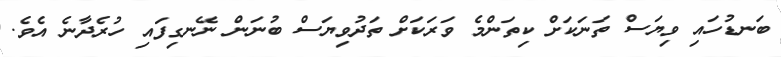
ބަނޑުހައި ވިޔަސް ތަނަކަށް ކިތަންމެ ވަރަކަށް ތަދުވިޔަސް ބުނަން ނޭނގިފައި ހުރެދާނެ އެވެ.